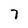
Character: 7